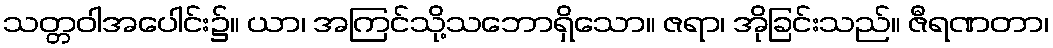
သတ္တဝါအပေါင်း၌။ ယာ၊ အကြင်သို့သဘောရှိသော။ ဇရာ၊ အိုခြင်းသည်။ ဇီရဏတာ၊